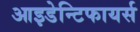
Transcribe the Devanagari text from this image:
आइडेन्टिफायर्स